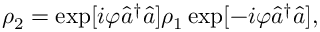
\rho _ { 2 } = \exp [ i \varphi \hat { a } ^ { \dagger } \hat { a } ] \rho _ { 1 } \exp [ - i \varphi \hat { a } ^ { \dagger } \hat { a } ] ,